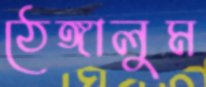
ঠেঙ্গালুম